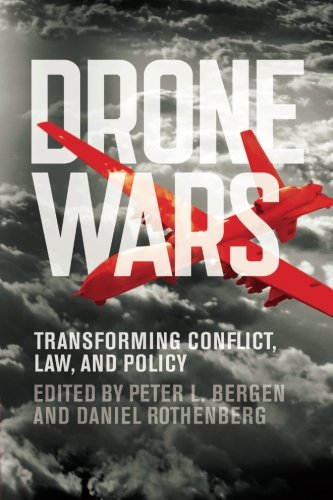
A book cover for Drone Wars: Transforming Conflict, Law, and Policy; Law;